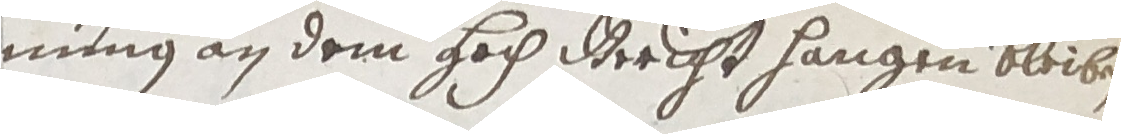
nung an dem hoch gericht hangen bleiben